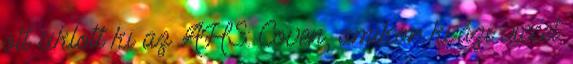
ott siklott ki az AHS: Coven, amikor kvázi viccet